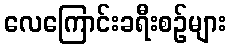
လေကြောင်းခရီးစဉ်များ